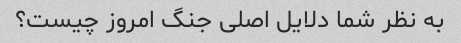
به نظر شما دلایل اصلی جنگ امروز چیست؟